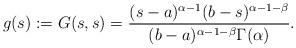
LaTeX: \begin{align*}g(s):=G(s,s)=\frac{(s-a)^{\alpha -1}(b-s)^{\alpha-1-\beta}}{(b-a)^{\alpha-1-\beta}\Gamma(\alpha)}.\end{align*}